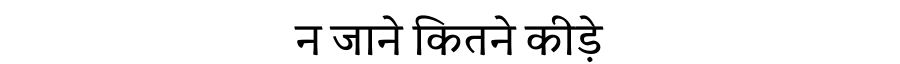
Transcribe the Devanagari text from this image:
न जाने कितने कीड़े